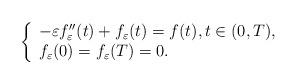
LaTeX: \begin{align*}\left\{ \begin{array}{ll}-\varepsilon f''_{\varepsilon}(t) + f_{\varepsilon}(t) = f(t), t \in (0,T), \\f_{\varepsilon}(0) = f_{\varepsilon}(T) = 0. \\\end{array}\right.\end{align*}